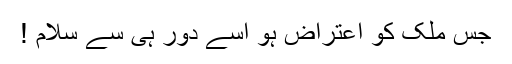
جس ملک کو اعتراض ہو اُسے دور ہی سے سلام !